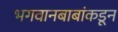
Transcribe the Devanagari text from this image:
भगवानबाबांकडून